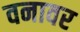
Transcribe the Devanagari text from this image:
वनावर